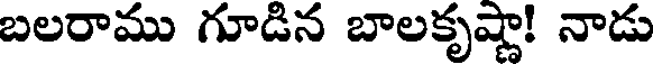
బలరాము గూడిన బాలకృష్ణా! నాడు